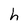
Character: h